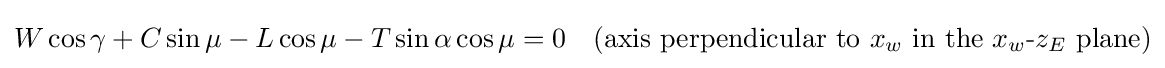
W\cos {\gamma }+C\sin {\mu }-L\cos {\mu }-T\sin {\alpha }\cos {\mu }=0\quad ({\text{axis perpendicular to }}x_{w}{\text{ in the }}x_{w}{\text{-}}z_{E}{\text{ plane}})